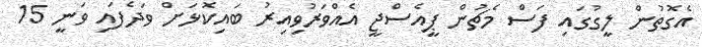
އެގޮތުން ލީގުގައި ފަސް މެޗުން ޕީއެސްޖީ އެއްވަރުވިއިރު ބައިކޮޅަށް ވަދެފައި ވަނީ 15